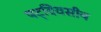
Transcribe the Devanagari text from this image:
षट्‌दिवसीय